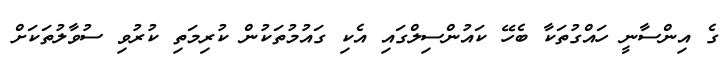
ގެ އިންސާނީ ހައްގުތަކާ ބެހޭ ކައުންސިލްގައި އެކި ގައުމުތަކުން ކުރިމަތި ކުރުވި ސުވާލުތަކަށް